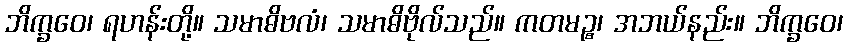
ဘိက္ခဝေ၊ ရဟန်းတို့။ သမာဓိဗလံ၊ သမာဓိဗိုလ်သည်။ ကတမဉ္စ၊ အဘယ်နည်း။ ဘိက္ခဝေ၊